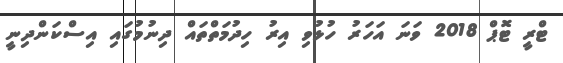
ޓްރީ ޓޮޕް 2018 ވަނަ އަހަރު ހުޅުވި އިރު ހިދުމަތްތައް ދިނުމުގައި އިސްކަންދިނީ